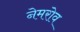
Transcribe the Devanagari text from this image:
नेमरोव